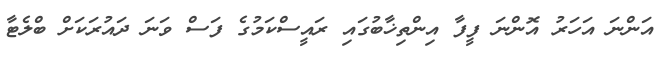
އަންނަ އަހަރު އޮންނަ ފީފާ އިންތިޚާބުގައި ރައީސްކަމުގެ ފަސް ވަނަ ދައުރަކަށް ބްލެޓާ